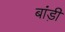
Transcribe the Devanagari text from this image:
बांड़ी